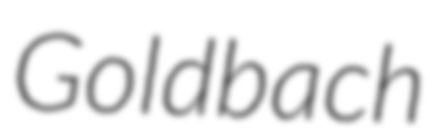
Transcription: Goldbach